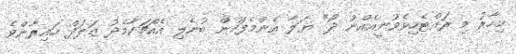
މިހާރު މި ރައްޓެހިވެވުނީއެއްނު ދޯ" ޔަލާ އެންމެފަހުން ބުނެލި އެއްޗަކާމެދު ޒަލަފް ހައިރާންވެ